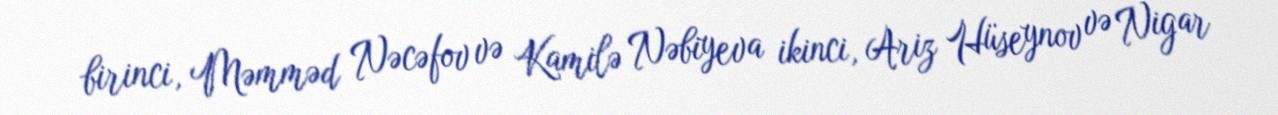
birinci, Məmməd Nəcəfov və Kamilə Nəbiyeva ikinci, Ariz Hüseynov və Nigar